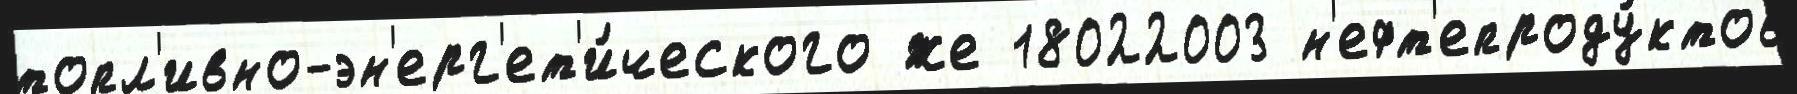
топл'ивно-эн'ерг'ет'и́ческого же 18022003 н'ефт'епроду́ктов